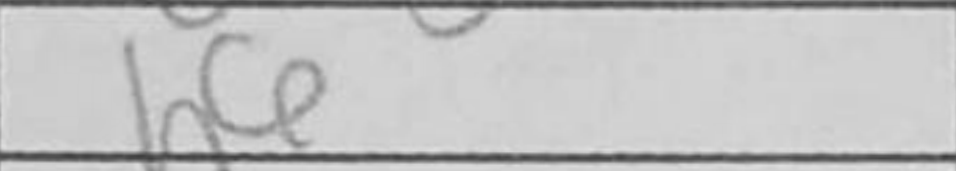
Transcription: h6